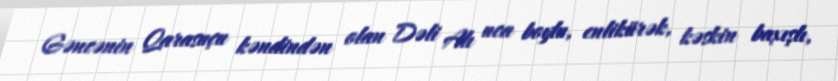
Gəncənin Qarasuçu kəndindən olan Dəli Alı uca boylu, enlikürək, kəskin baxışlı,